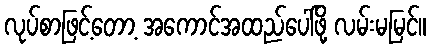
လုပ်စာဖြင့်တော့ အကောင်အထည်ပေါ်ဖို့ လမ်းမမြင်။